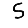
Digit: 5